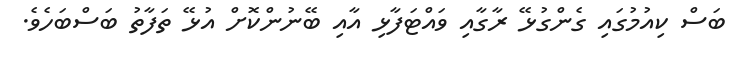
ބަސް ކިއުމުގައި ގެންގުޅޭ ރާގާއި ވައްޓަފާޅި އާއި ބޭނުންކޮށް އުޅޭ ތަފާތު ބަސްބަހެވެ.